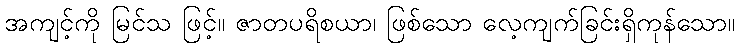
အကျင့်ကို မြင်သ ဖြင့်။ ဇာတပရိစယာ၊ ဖြစ်သော လေ့ကျက်ခြင်းရှိကုန်သော။